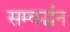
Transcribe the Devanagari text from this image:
सम्वर्द्धन